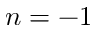
n = - 1